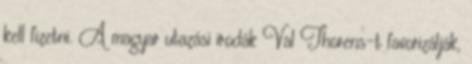
kell fizetni. A magyar utazási irodák Val Thorens-t favorizálják,